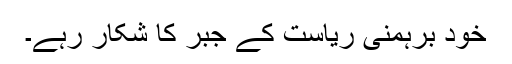
خود برہمنی ریاست کے جبر کا شکار رہے۔